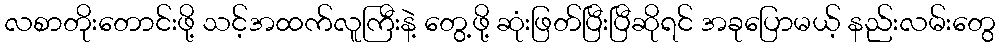
လစာတိုးတောင်းဖို့ သင့်အထက်လူကြီးနဲ့ တွေ့ဖို့ ဆုံးဖြတ်ပြီးပြီဆိုရင် အခုပြောမယ့် နည်းလမ်းတွေ